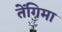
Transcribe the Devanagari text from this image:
तेंगिमा